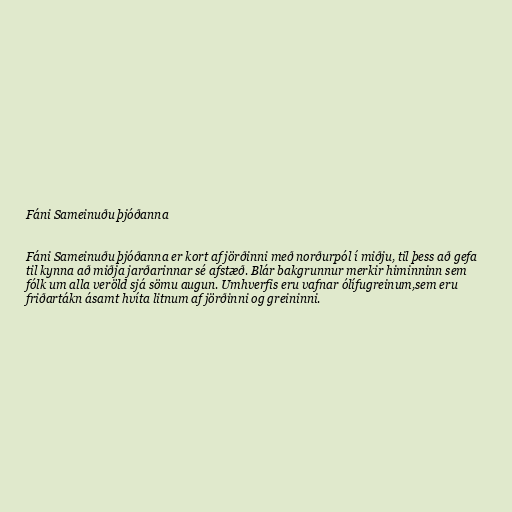
Fáni Sameinuðu þjóðanna

Fáni Sameinuðu þjóðanna er kort af jörðinni með norðurpól í miðju, til þess að gefa
til kynna að miðja jarðarinnar sé afstæð. Blár bakgrunnur merkir himinninn sem
fólk um alla veröld sjá sömu augun. Umhverfis eru vafnar ólífugreinum,sem eru
friðartákn ásamt hvíta litnum af jörðinni og greininni.